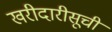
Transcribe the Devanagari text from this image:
खरीदारीसूची